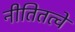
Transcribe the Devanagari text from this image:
नीतितत्वे